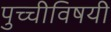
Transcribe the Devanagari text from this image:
पुच्चीविषयी